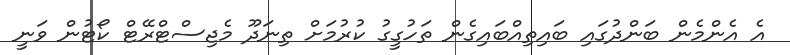
އެ އެންމެން ބަންދުގައި ބައިތިއްބައިގެން ތަހުގީގު ކުރުމަށް ތިނަދޫ މެޖިސްޓްރޭޓް ކޯޓުން ވަނީ